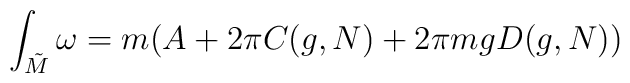
\int_{{\tilde{M}}}\omega =m(A+2\pi C(g,N)+2\pi mgD(g,N))